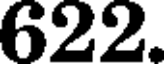
622.